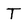
Character: T